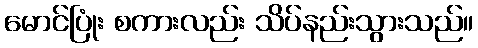
မောင်ပြုံး စကားလည်း သိပ်နည်းသွားသည်။